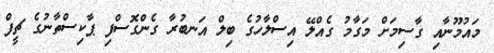
މައުމޫނާއި ގާސިމަށް މަގާމު ގެއްލޭ އިސްލާހުގެ ބިލް އަނބުރާ ގެންގޮސްފި ޕާކިސްތާނުގެ ޗީފް